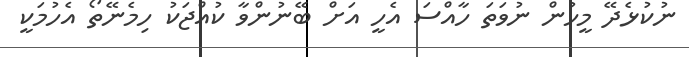
ނުކުޅެދޭ މީހުން ނުވަތަ ހާއްސަ އެހީ އަށް ބޭނުންވާ ކުއްޖަކު ހިމެނޭތޯ އެހުމަކީ